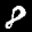
Label: 8